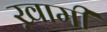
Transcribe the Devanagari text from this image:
ख़ामी